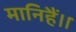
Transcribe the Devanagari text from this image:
मानिहैं।।